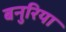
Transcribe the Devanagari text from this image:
बनुरिया